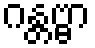
ဂန္တဗ္ဗာ